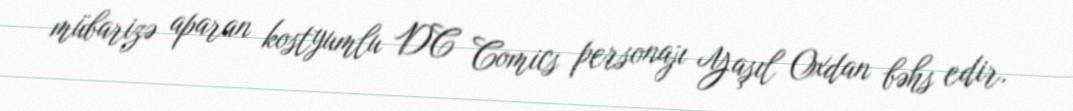
mübarizə aparan kostyumlu DC Comics personajı Yaşıl Oxdan bəhs edir.